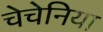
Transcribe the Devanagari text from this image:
चेचेनिया